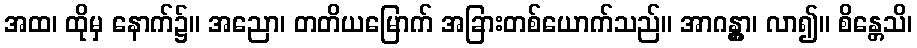
အထ၊ ထိုမှ နောက်၌။ အညော၊ တတိယမြောက် အခြားတစ်ယောက်သည်။ အာဂန္တွာ၊ လာ၍။ စိန္တေသိ၊